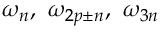
{ \omega _ { n } } , ~ \omega _ { 2 p \pm n } , ~ \omega _ { 3 n }